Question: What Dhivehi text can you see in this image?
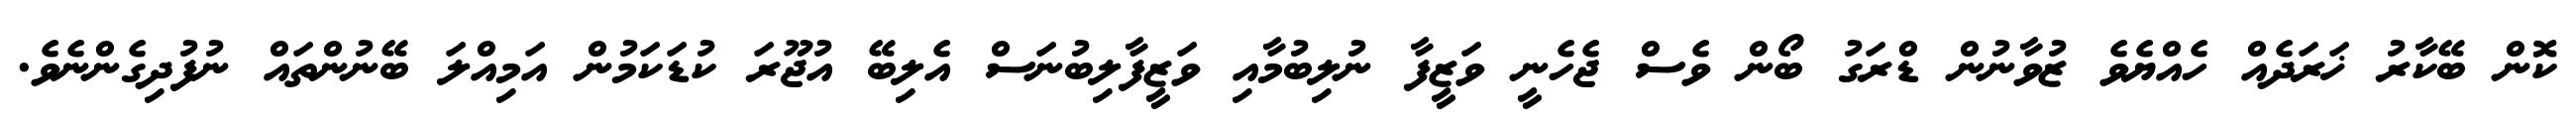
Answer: ކޮން ބޭކާރު ޚަރަދެއް ހެއްޔެވެ ޒުވާނުން ޑްރަގު ބޯން ވެސް ޖެހެނީ ވަޒީފާ ނުލިބުމާއި ވަޒީފާލިބުނަސް އެލިބޭ އުޖޫރަ ކުޑަކަމުން އަމިއްލަ ބޭނުންތައް ނުފުދިގެންނެވެ.